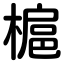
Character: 槴